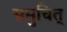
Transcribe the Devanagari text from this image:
समुचित्